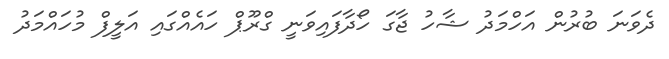
ދެވަނަ ބުރުން އަހްމަދު ޝާހު ޖާގަ ހޯދާފައިވަނީ ގްރޫޕް ހައެއްގައި އަލީފް މުހައްމަދު